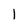
Character: 1